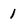
Character: 1